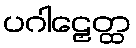
ပဂါဠှေတ္ထ